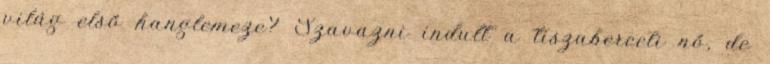
világ első hanglemeze? Szavazni indult a tiszaberceli nő, de